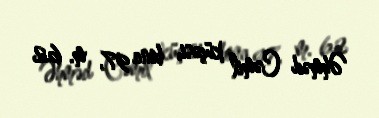
Əhməd Cəmil küçəsi, bina 97, m. 62